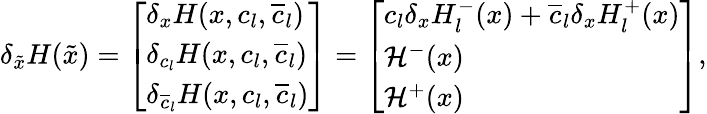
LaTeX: \begin{array}{r}{\delta_{\tilde{x}}H(\tilde{x})=\left[\begin{array}{l}{\delta_{x}H(x,c_{l},\overline{{c}}_{l})}\\ {\delta_{c_{l}}H(x,c_{l},\overline{{c}}_{l})}\\ {\delta_{\overline{{c}}_{l}}H(x,c_{l},\overline{{c}}_{l})}\end{array}\right]=\left[\begin{array}{l}{c_{l}\delta_{x}H_{l}^{-}(x)+\overline{{c}}_{l}\delta_{x}H_{l}^{+}(x)}\\ {\mathcal{H}^{-}(x)}\\ {\mathcal{H}^{+}(x)}\end{array}\right],}\end{array}